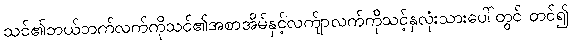
သင်၏ဘယ်ဘက်လက်ကိုသင်၏အစာအိမ်နှင့်လက်ျာလက်ကိုသင့်နှလုံးသားပေါ်တွင် တင်၍